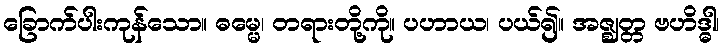
ခြောက်ပါးကုန်သော။ ဓမ္မေ၊ တရားတို့ကို။ ပဟာယ၊ ပယ်၍။ အဇ္ဈတ္တ ဗဟိဒ္ဓါ၊